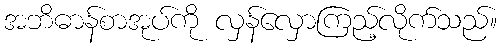
အဘိဓာန်စာအုပ်ကို လှန်လှောကြည့်လိုက်သည်။